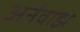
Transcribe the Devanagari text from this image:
अर्नवाझ